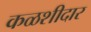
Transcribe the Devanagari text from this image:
कळशीदार